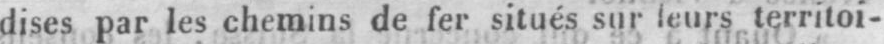
dises par les chemins de fer situés sur leurs territoi-